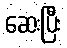
ဆေးပြီး